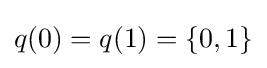
q(0)=q(1)=\{0,1\}